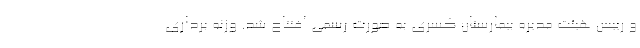
و رييس هيئت مديره بيمارستان كسري به صورت رسمي افتتاح شد. وزنه برداری